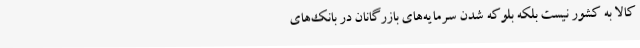
کالا به کشور نیست بلکه بلوکه شدن سرمایه‌های بازرگانان در بانک‌های